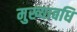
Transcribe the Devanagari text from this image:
मुख्यावधि